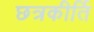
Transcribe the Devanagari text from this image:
छत्रकीर्ति